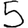
Digit: 5